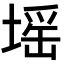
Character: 𡏟